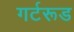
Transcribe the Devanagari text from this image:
गर्टरूड